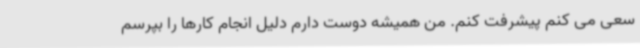
سعی می کنم پیشرفت کنم. من همیشه دوست دارم دلیل انجام کارها را بپرسم